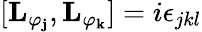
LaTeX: \lbrack\mathbf{L_{\varphi_{j}}},\mathbf{L_{\varphi_{k}}}]=i\epsilon_{jkl}